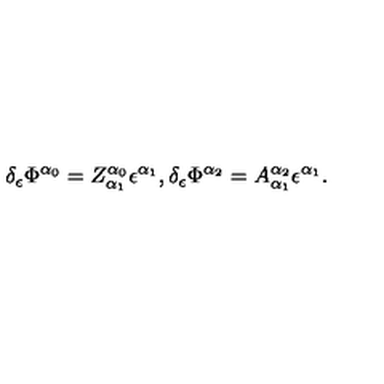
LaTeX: \delta _ { \epsilon } \Phi ^ { \alpha _ { 0 } } = Z _ { \alpha _ { 1 } } ^ { \alpha _ { 0 } } \epsilon ^ { \alpha _ { 1 } } , \delta _ { \epsilon } \Phi ^ { \alpha _ { 2 } } = A _ { \alpha _ { 1 } } ^ { \alpha _ { 2 } } \epsilon ^ { \alpha _ { 1 } } .